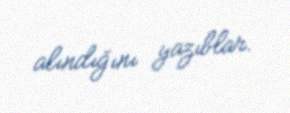
alındığını yazıblar.